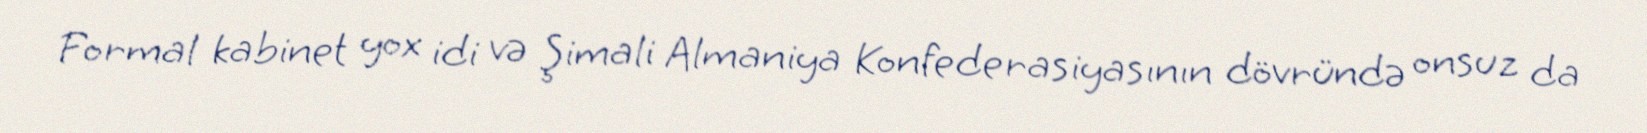
Formal kabinet yox idi və Şimali Almaniya Konfederasiyasının dövründə onsuz da